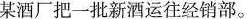
某酒厂把一批新酒运往经销部。